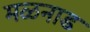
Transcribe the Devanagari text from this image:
मळनाड